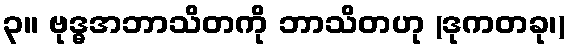
၃။ ဗုဒ္ဓအဘာသိတကို ဘာသိတဟု (ဒုကတခု၊)